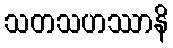
သတသဟဿာနိ